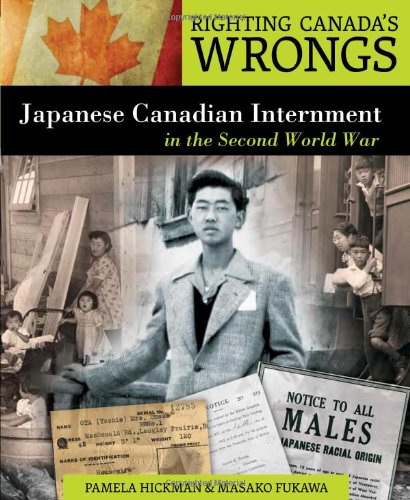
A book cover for Righting Canada's Wrongs: Japanese Canadian Internment in the Second World War; Pamela Hickman; Teen & Young Adult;